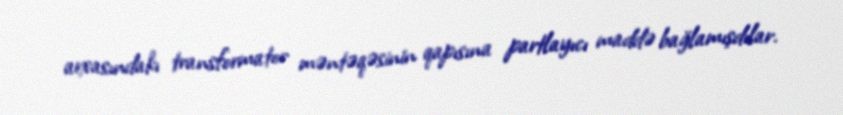
arxasındakı transformator məntəqəsinin qapısına partlayıcı maddə bağlamışdılar.